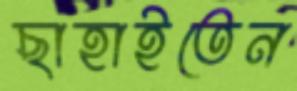
ছাহাইতেন